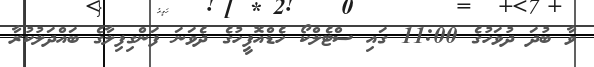
ވާ ބުދަ ދުވަހުގެ 11:00 ގައި ސްޓެލްކޯ ހެޑްއޮފީހުގެ ދެވަނަ ފަންގިފިލާގެ ބައްދަލުކުރާ